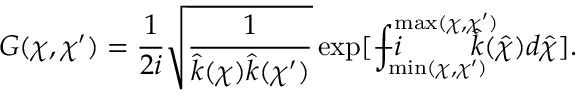
G ( \chi , \chi ^ { \prime } ) = \frac { 1 } { 2 i } \sqrt { \frac { 1 } { \hat { k } ( \chi ) \hat { k } ( \chi ^ { \prime } ) } } \exp [ - i \! \! \! \! \! \! \! \int _ { \operatorname* { m i n } ( \chi , \chi ^ { \prime } ) } ^ { \operatorname* { m a x } ( \chi , \chi ^ { \prime } ) } \! \! \! \! \! \! \! \hat { k } ( \hat { \chi } ) d \hat { \chi } ] .